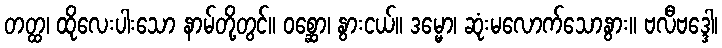
တတ္ထ၊ ထိုလေးပါးသော နာမ်တို့တွင်။ ဝစ္ဆော၊ နွားငယ်။ ဒမ္မော၊ ဆုံးမလောက်သောနွား။ ဗလီဗဒ္ဒေါ၊